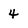
Character: 4